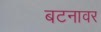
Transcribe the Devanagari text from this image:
बटनावर